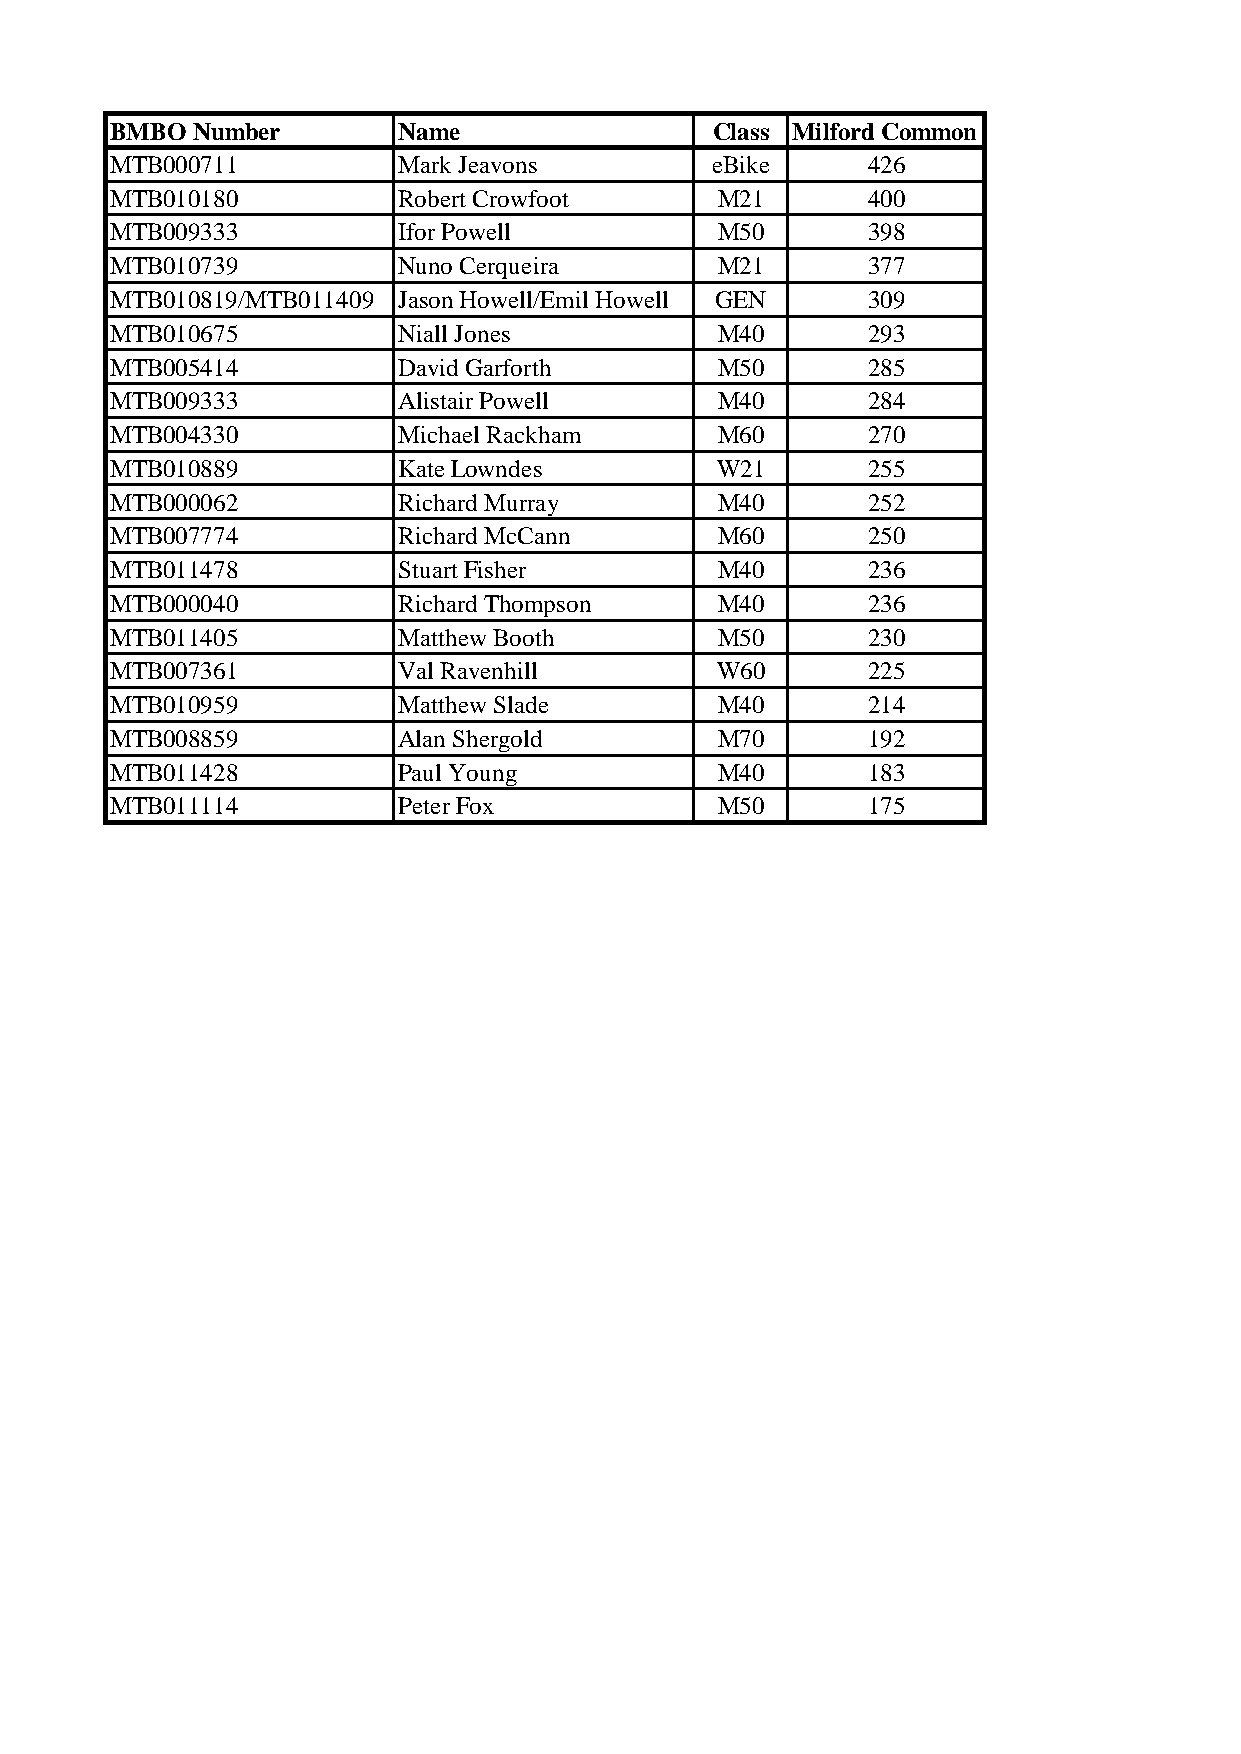
BMBO  Number       Name                 Class Milford Common
 MTB000711          Mark Jeavons         eBike     426
 MTB010180          Robert Crowfoot      M21       400
 MTB009333          Ifor Powell          M50       398
 MTB010739          Nuno Cerqueira       M21       377
 MTB010819/MTB011409 Jason Howell/Emil Howell GEN  309
 MTB010675          Niall Jones          M40       293
 MTB005414          David Garforth       M50       285
 MTB009333          Alistair Powell      M40       284
 MTB004330          Michael Rackham      M60       270
 MTB010889          Kate Lowndes         W21       255
 MTB000062          Richard Murray       M40       252
 MTB007774          Richard McCann       M60       250
 MTB011478          Stuart Fisher        M40       236
 MTB000040          Richard Thompson     M40       236
 MTB011405          Matthew Booth        M50       230
 MTB007361          Val Ravenhill        W60       225
 MTB010959          Matthew Slade        M40       214
 MTB008859          Alan Shergold        M70       192
 MTB011428          Paul Young           M40       183
 MTB011114          Peter Fox            M50       175